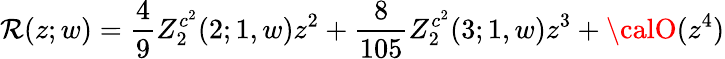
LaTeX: \mathcal{R}(z;w)=\frac{{4}}{{9}}Z_{2}^{c^{2}}(2;1,w)z^{2}+\frac{{8}}{{105}}Z_{2}^{c^{2}}(3;1,w)z^{3}+{\calO}(z^{4})